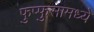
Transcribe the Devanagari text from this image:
फुप्फुसामध्ये